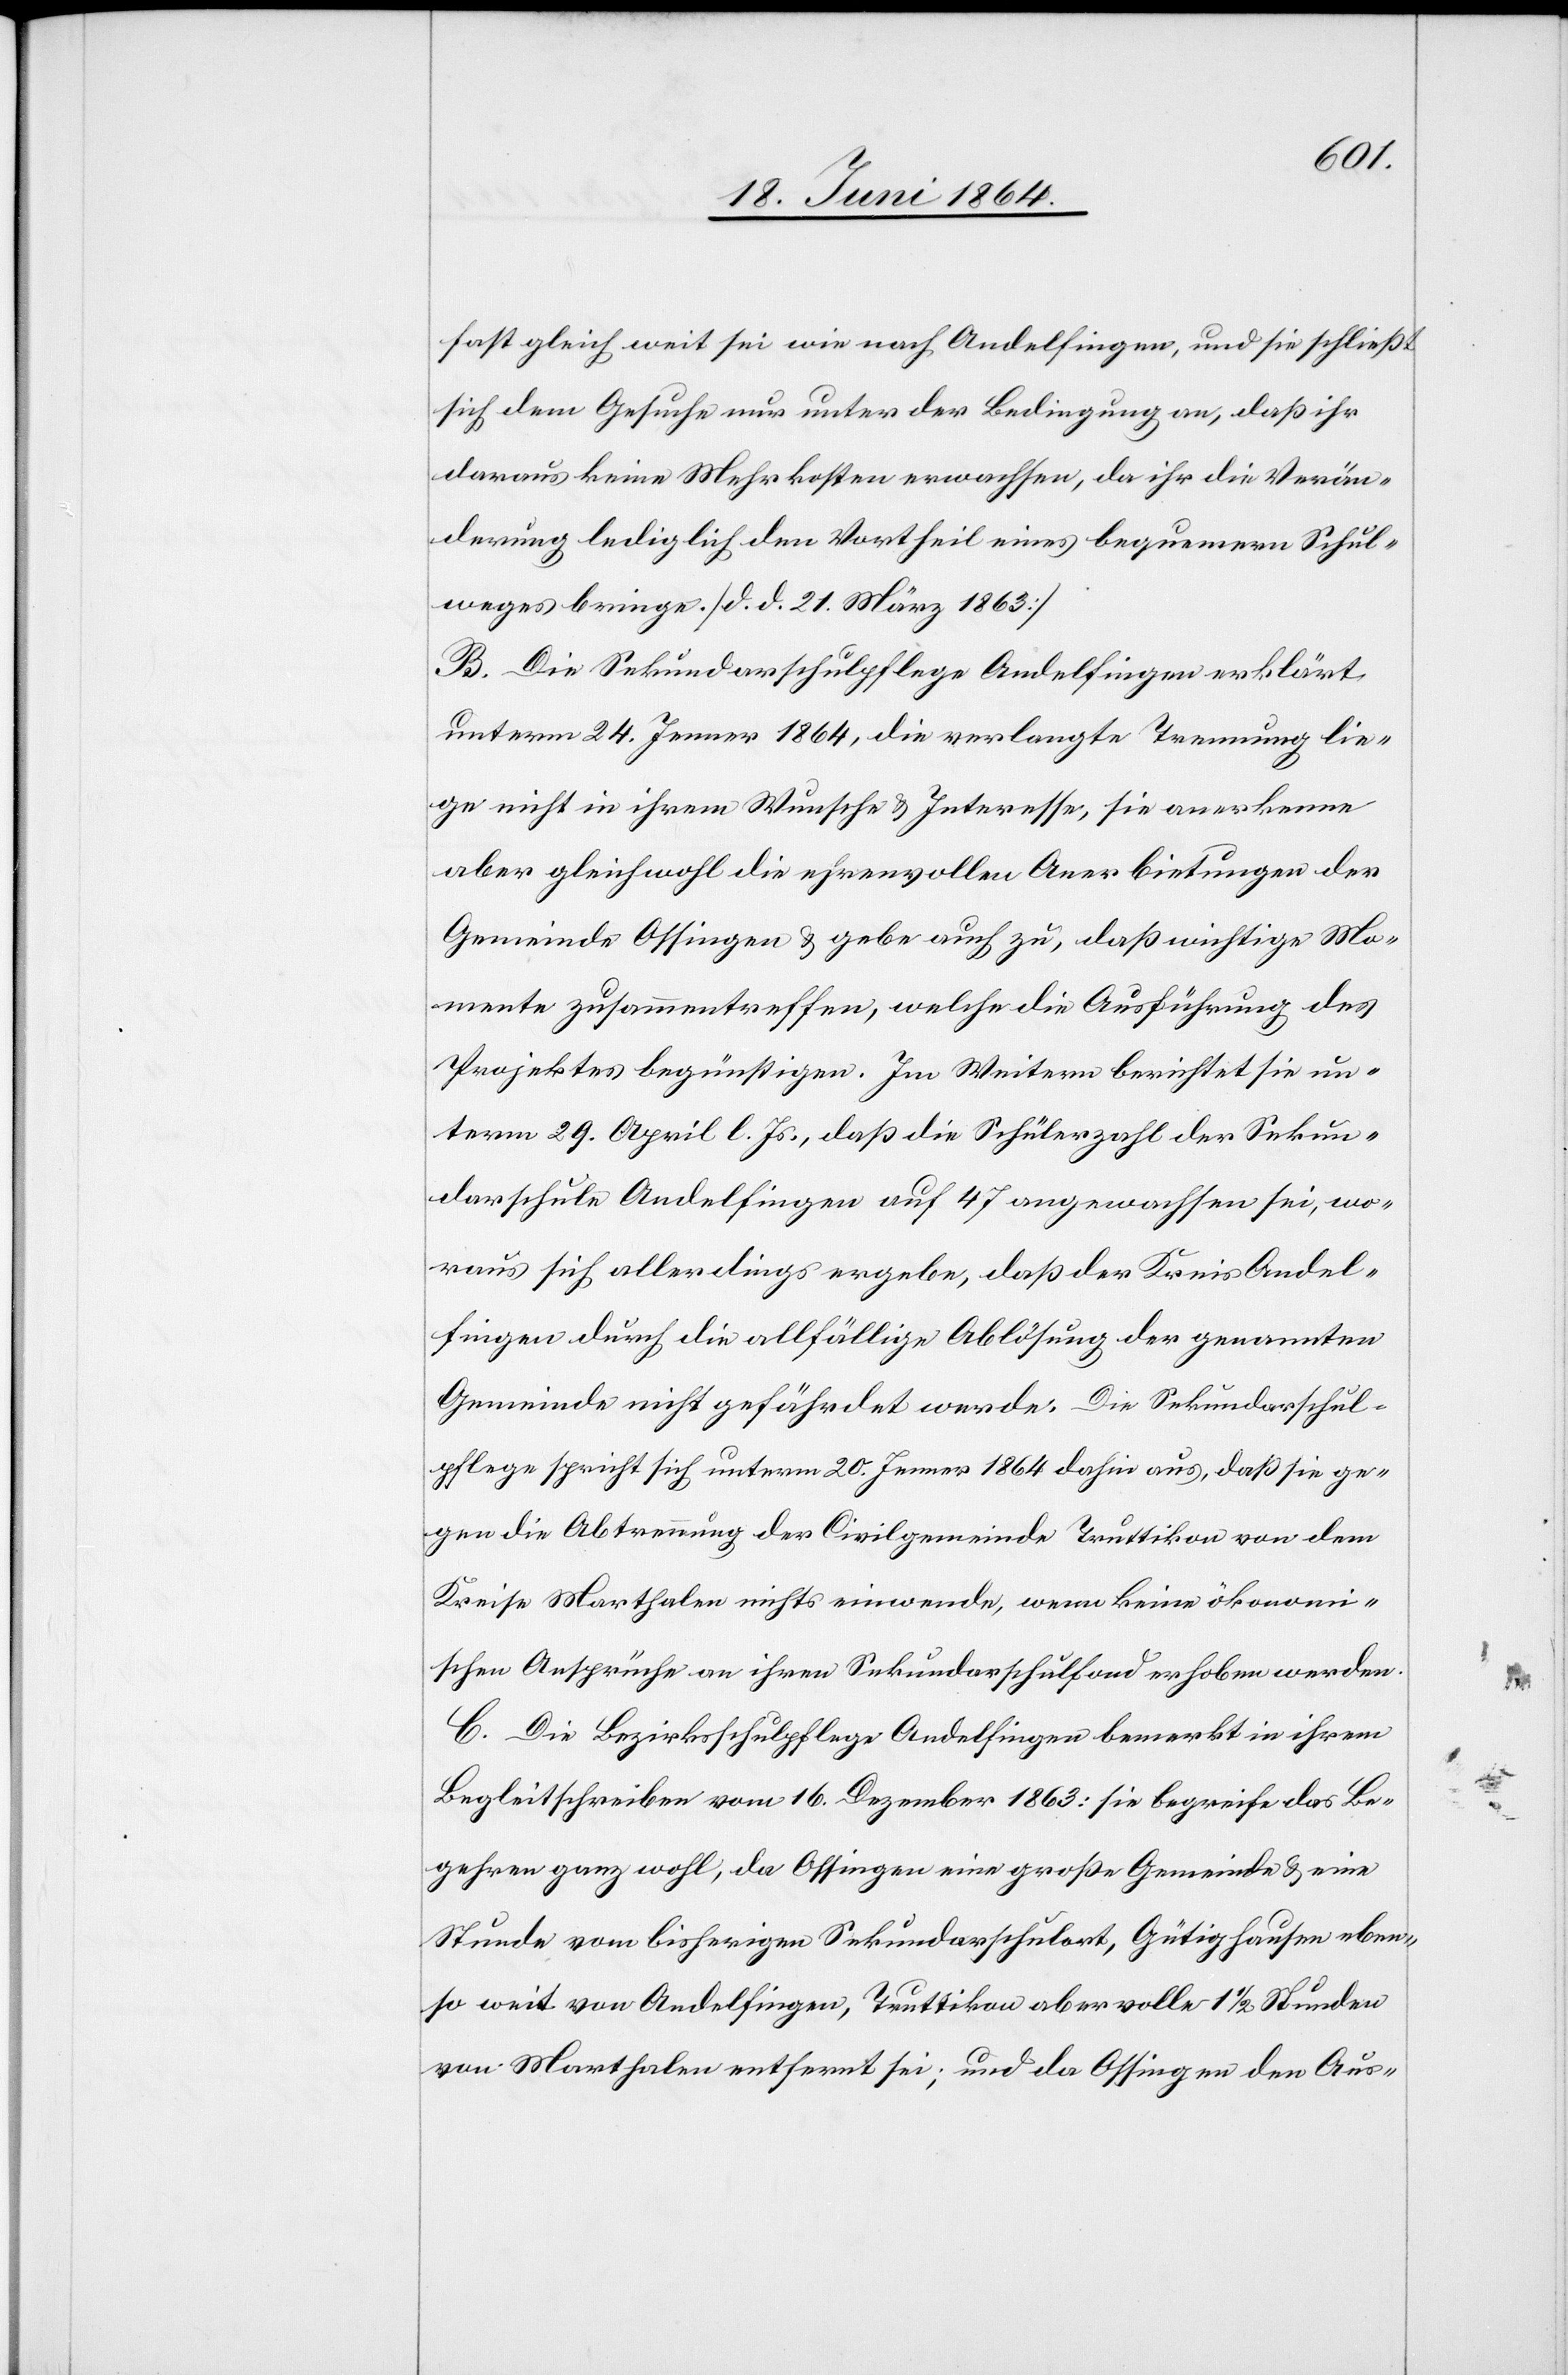
fast gleich weit sei wie nach Andelfingen, und sie schließt
sich dem Gesuche nur unter der Bedingung an, daß ihr
daraus keine Mehrkosten erwachsen, da ihr die Verän¬
derung lediglich den Vortheil eines bequemern Schul¬
weges bringe. [d. d. 21. März 1863]
B. Die Sekundarschulpflege Andelfingen erklärt
unterm 24. Jenner 1864, die verlangte Trennung lie¬
ge nicht in ihrem Wunsche u. Interesse, sie anerkenne
aber gleichwohl die ehrenvollen Anerbietungen der
Gemeinde Ossingen u. gebe auch zu, daß wichtige Mo¬
mente zusammentreffen, welche die Ausführung des
Projektes begünstigen. Im Weitern berichtet sie un¬
term 29. April l. Js., daß die Schülerzahl der Sekun¬
darschule Andelfingen auf 47 angewachsen, wo¬
raus sich allerdings ergebe, daß der Kreis Andel¬
fingen durch die allfällige Ablösung der genannten
Gemeinde nicht gefährdet werde. Die Sekundarschul¬
pflege spricht sich unterm 20. Jenner 1864 dahin aus, daß sie ge¬
gen die Abtrennung der Civilgemeinde Truttikon von dem
Kreise Marthalen nichts einwende, wenn keine ökonomi¬
schen Ansprüche an ihren Sekundarschulfond erhoben werden.
C. Die Bezirksschulpflege Andelfingen bemerkt in ihrem
Begleitschreiben vom 16. Dezember 1863: sie begreife das Be¬
gehren ganz wohl, da Ossingen eine große Gemeinde u. eine
Stunde vom bisherigen Sekundarschulort, Gütighausen eben¬
so weit von Andelfingen, Truttikon aber volle 1 1/2 Stunden
von Marthalen entfernt sei; und da Ossingen den Aus-